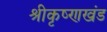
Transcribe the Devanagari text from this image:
श्रीकृष्णखंड